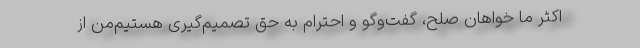
اکثر ما خواهان صلح، گفت‌وگو و احترام به حق تصمیم‌گیری هستیم‌من از